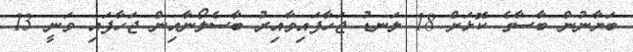
ބަޔާނުން ބާސާގެ ކޮޅަށް 18 ލަނޑު ޖަހާފައިވާއިރު ބާސެލޯނާއިން ޖަހާފައި ވަނީ 13